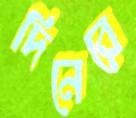
দিনেরে